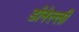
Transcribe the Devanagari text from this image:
डोनेल्ली